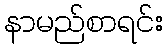
နာမည်စာရင်း